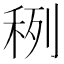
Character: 䅀